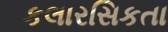
કલારસિકતા